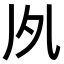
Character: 𠂗